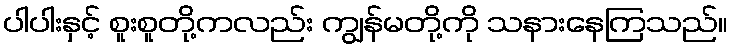
ပါပါးနှင့် စူးစူတို့ကလည်း ကျွန်မတို့ကို သနားနေကြသည်။